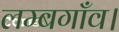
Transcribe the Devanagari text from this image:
लम्बगाँव।